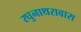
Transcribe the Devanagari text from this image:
रघुनाथरावास